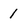
Character: 1